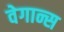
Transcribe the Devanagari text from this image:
वेगान्स